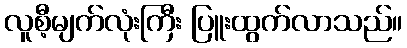
လူစီ့မျက်လုံးကြီး ပြူးထွက်လာသည်။